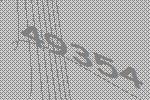
49354